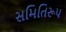
સમિતિરૂપ